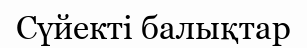
Сүйекті балықтар